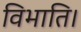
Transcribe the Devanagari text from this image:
विभाति।